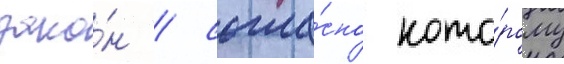
зако́н / согла́сно кото́рому